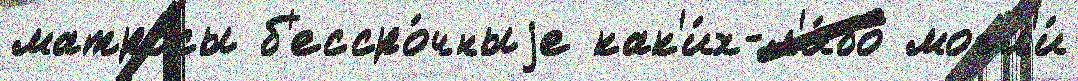
матро́сы б'ессро́чныjе как'и́х-л'и́бо могл'и́